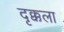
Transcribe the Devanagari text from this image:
दृक्कला